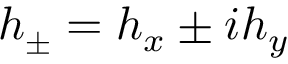
h _ { \pm } = h _ { x } \pm i h _ { y }